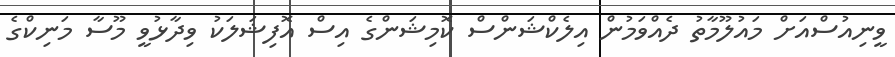
ވީނިއުސްއަށް މައުލޫމާތު ދެއްވަމުން އިލެކްޝަންސް ކޮމިޝަންގެ އިސް އޮފިޝަލަކު ވިދާޅުވީ މޫސާ މަނިކްގެ